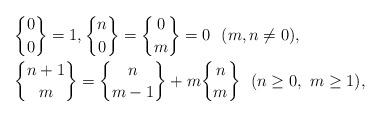
LaTeX: \begin{align*}& {0 \brace 0}=1,{n \brace 0}={0 \brace m}=0\ \ (m,n\neq 0),\\& {n+1 \brace m}={n \brace m-1}+m{n \brace m}\ \ (n\geq 0,\ m\geq 1),\end{align*}